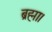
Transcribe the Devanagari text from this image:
ब्रह्मा।